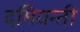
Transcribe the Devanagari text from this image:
दमियन्ती